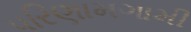
પરિણામગામી